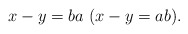
\begin{align*}x-y=ba~(x-y=ab). \end{align*}